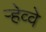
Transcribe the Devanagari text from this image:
र्‍हेव्वे